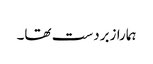
ہمارا زبردست تھا۔